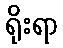
ရိုးရာ